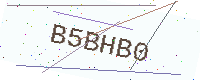
Text: B5BHB0